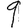
Digit: 9